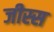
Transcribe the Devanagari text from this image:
जीस्स